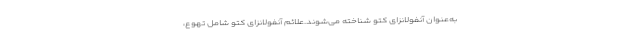
به‌عنوان آنفولانزای کتو شناخته می‌شوند.علائم آنفولانزای کتو شامل تهوع،